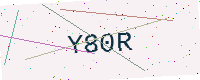
Text: Y80R